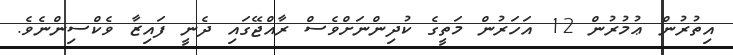
އިތުރުން ޢުމުރުން 12 އަހަރުން މަތީގެ ކުދިންނަށްވެސް ރާއްޖޭގައި ދެނީ ފައިޒާ ވެކްސިންނެވެ.